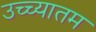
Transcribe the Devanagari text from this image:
उच्च्यातम